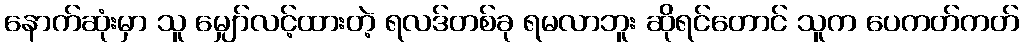
နောက်ဆုံးမှာ သူ မျှော်လင့်ထားတဲ့ ရလဒ်တစ်ခု ရမလာဘူး ဆိုရင်တောင် သူက ပေကတ်ကတ်